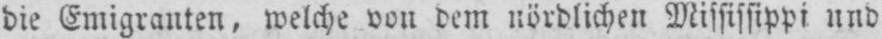
die Emigranten, welche von dem nördlichen Mississippi und